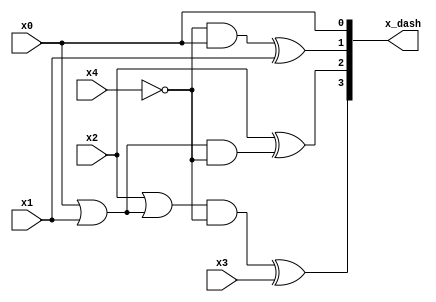
module address_mapping(x4,x3,x2,x1,x0,x_dash);
 input x4,x3,x2,x1,x0;
 output [3:0] x_dash;
 wire t1,t2,t3,t4,t5,x4_bar;
 
 assign x_dash[0]=x0;
 not n1(x4_bar,x4);
 and a1(t1,x4_bar,x0);
 xor xo1(x_dash[1],t1,x1);
 or o1(t2,x0,x1);
 and a2(t3,t2,x4_bar);
 xor xo2(x_dash[2],x2,t3);
 or o2(t4,x2,t2);
 and a3(t5,t4,x4_bar);
 xor xo3(x_dash[3],t5,x3);
endmodule